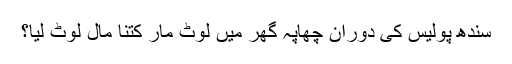
سندھ پولیس کی دوران چھاپہ گھر میں لوٹ مار کتنا مال لوٹ لیا؟